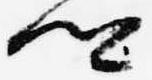
卿